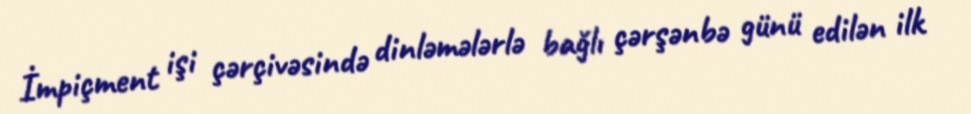
İmpiçment işi çərçivəsində dinləmələrlə bağlı çərşənbə günü edilən ilk